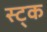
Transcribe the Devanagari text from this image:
स्ट्क